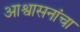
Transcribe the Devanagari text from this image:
आश्वासनांचा